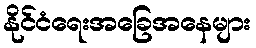
နိုင်ငံရေးအခြေအနေများ